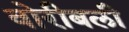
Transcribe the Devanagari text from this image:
वोरीबली